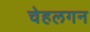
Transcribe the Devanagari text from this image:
चेहलगन